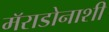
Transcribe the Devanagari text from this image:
मॅराडोनाशी